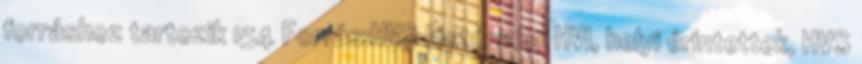
forráshoz tartozik 154 Forrás:HVS kistérségi HVI, helyi érintettek, HVS